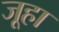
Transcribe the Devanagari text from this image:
जूहा